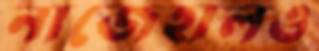
নাজেহালও